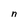
Character: n